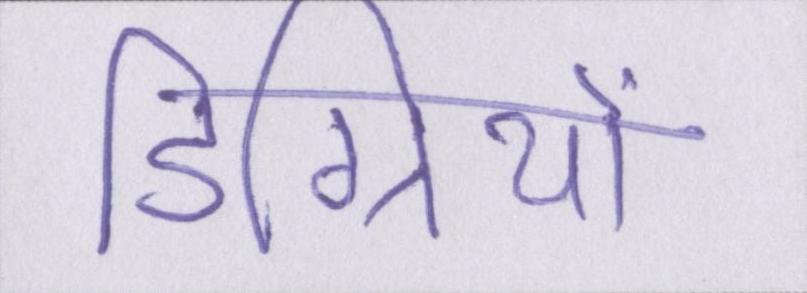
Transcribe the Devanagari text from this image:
डिग्रियों